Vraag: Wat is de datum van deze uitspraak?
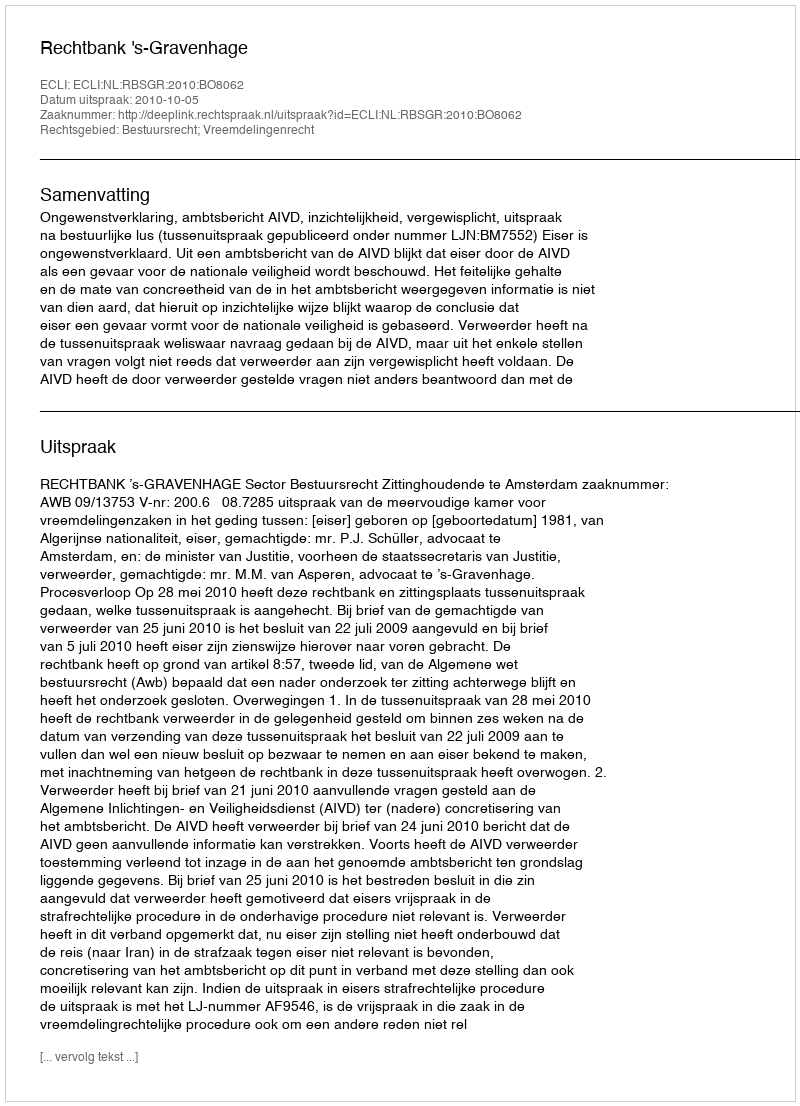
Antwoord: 2010-10-05